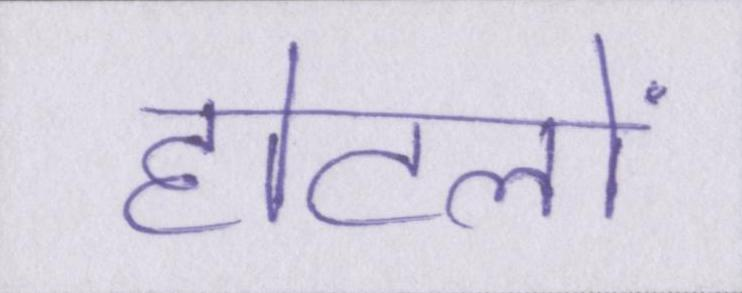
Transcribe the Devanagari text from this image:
होटलों